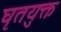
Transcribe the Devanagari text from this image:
घृतयुक्त